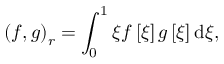
\left( f , g \right) _ { r } = \int _ { 0 } ^ { 1 } \xi f \left[ \xi \right] g \left[ \xi \right] \mathrm { d } \xi ,